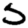
Digit: 5